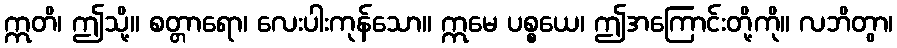
ဣတိ၊ ဤသို့။ စတ္တာရော၊ လေးပါးကုန်သော။ ဣမေ ပစ္စယေ၊ ဤအကြောင်းတို့ကို။ လဘိတွာ၊